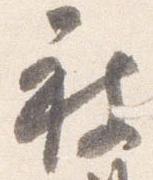
被